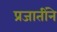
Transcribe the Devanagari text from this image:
प्रजातींने